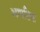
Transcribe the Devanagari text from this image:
आपटिक